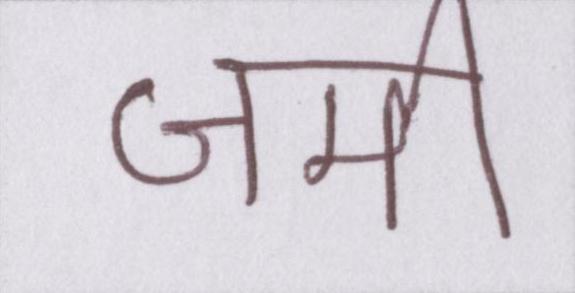
जमी